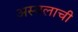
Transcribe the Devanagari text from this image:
अस्वलाची